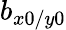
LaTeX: b_{x0/y0}